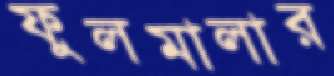
ফুলমালার